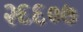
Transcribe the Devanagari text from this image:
२६६०७